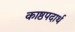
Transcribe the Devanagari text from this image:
काष्ठपदार्थ